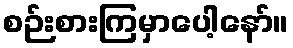
စဉ်းစားကြမှာပေါ့နော်။